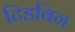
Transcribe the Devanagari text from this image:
टिडविग